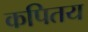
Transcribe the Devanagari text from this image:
कपितय